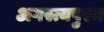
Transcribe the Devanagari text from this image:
अगस्त्यपुरम